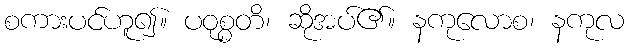
စကားပင်ဟူ၍။ ပဝုစ္စတိ၊ ဆိုအပ်၏။ နကုလောစ၊ နကုလ